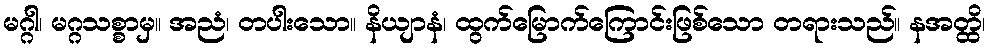
မဂ္ဂါ၊ မဂ္ဂသစ္စာမှ။ အညံ၊ တပါးသော။ နိယျာနံ၊ ထွက်မြောက်ကြောင်းဖြစ်သော တရားသည်။ နအတ္ထိ၊